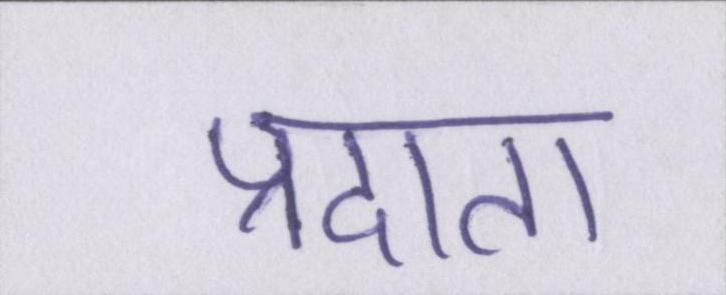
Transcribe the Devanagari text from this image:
प्रदाता